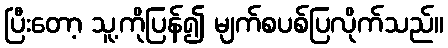
ပြီးတော့ သူ့ကိုပြန်၍ မျက်စပစ်ပြလိုက်သည်။